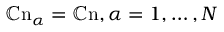
\mathbb { C } \mathrm { n } _ { \alpha } = \mathbb { C } \mathrm { n } , \alpha = 1 , \dots , N